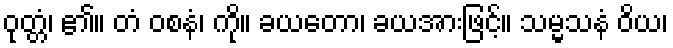
ဝုတ္တံ၊ ၏။ တံ ဝစနံ၊ ကို။ ခယတော၊ ခယအားဖြင့်။ သမ္မသနံ ဝိယ၊